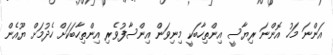
އަންނަ މަހު އޮންނަ ރިޔާސީ އިންތިހާބަކީ މިނިވަން އިންސާފުވެރި އިންތިހާބަަކަށް ހެދުމަށް ޔޫއެން